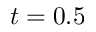
t = 0 . 5